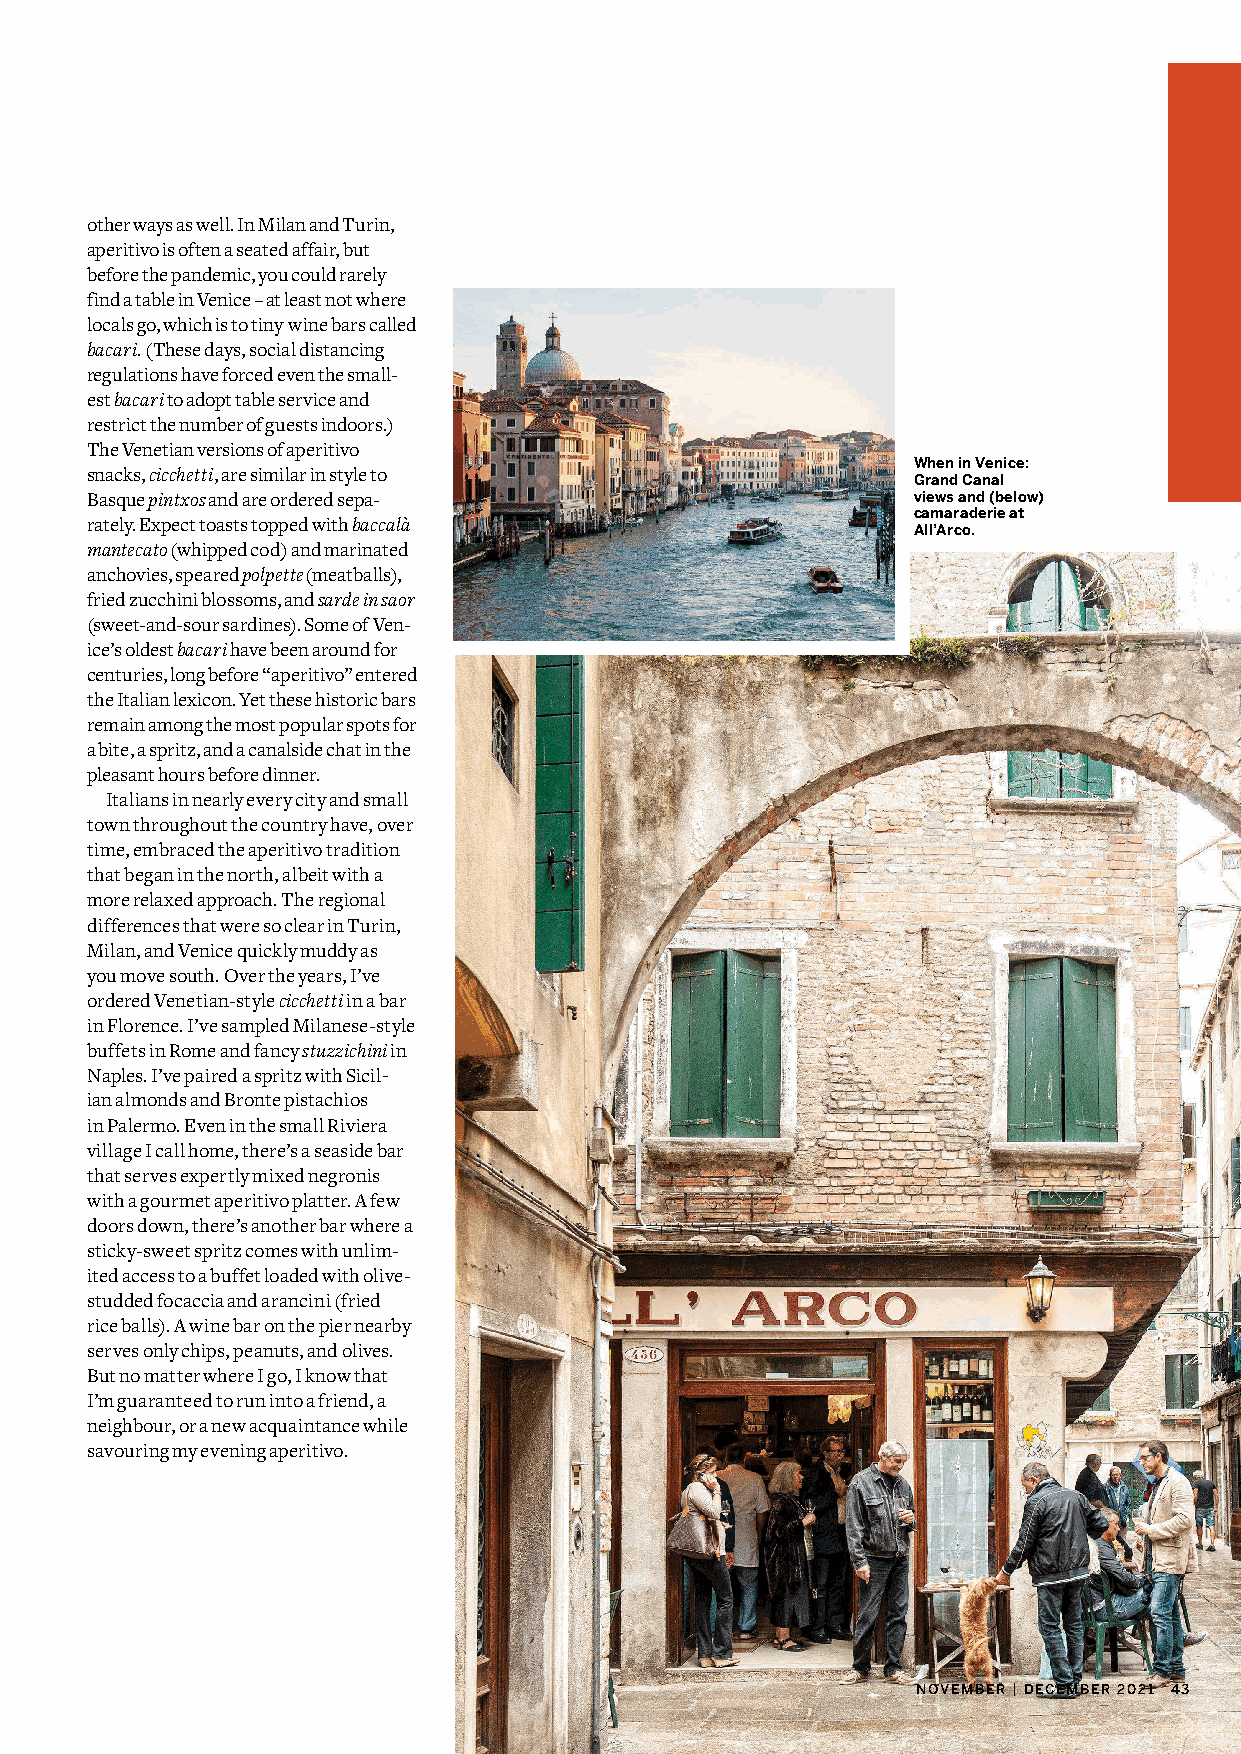
other ways as well. In Milan and Turin,
 aperitivo is often a seated affair, but
 before the pandemic, you could rarely
 find a table in Venice – at least not where
 locals go, which is to tiny wine bars called
 bacari. (These days, social distancing
 regulations have forced even the small-
 est bacari to adopt table service and
 restrict the number of guests indoors.)
 The Venetian versions of aperitivo
 When in Venice:
 snacks, cicchetti, are similar in style to
 Grand Canal
 Basque pintxos and are ordered sepa-                  views and (below)
 camaraderie at
 rately. Expect toasts topped with baccalà
 All’Arco.
 mantecato (whipped cod) and marinated
 anchovies, speared polpette (meatballs),
 fried zucchini blossoms, and sarde in saor
 (sweet-and-sour sardines). Some of Ven-
 ice’s oldest bacari have been around for
 centuries, long before “aperitivo” entered
 the Italian lexicon. Yet these historic bars
 remain among the most popular spots for
 a bite, a spritz, and a canalside chat in the
 pleasant hours before dinner.
 Italians in nearly every city and small
 town throughout the country have, over
 time, embraced the aperitivo tradition
 that began in the north, albeit with a
 more relaxed approach. The regional
 differences that were so clear in Turin,
 Milan, and Venice quickly muddy as
 you move south. Over the years, I’ve
 ordered Venetian-style cicchetti in a bar
 in Florence. I’ve sampled Milanese-style
 buffets in Rome and fancy stuzzichini in
 Naples. I’ve paired a spritz with Sicil-
 ian almonds and Bronte pistachios
 in Palermo. Even in the small Riviera
 village I call home, there’s a seaside bar
 that serves expertly mixed negronis
 with a gourmet aperitivo platter. A few
 doors down, there’s another bar where a
 sticky-sweet spritz comes with unlim-
 ited access to a buffet loaded with olive-
 studded focaccia and arancini (fried
 rice balls). A wine bar on the pier nearby
 serves only chips, peanuts, and olives.
 But no matter where I go, I know that
 I’m guaranteed to run into a friend, a
 neighbour, or a new acquaintance while
 savouring my evening aperitivo.
 NOVEMBER | DECEMBER 2021 43